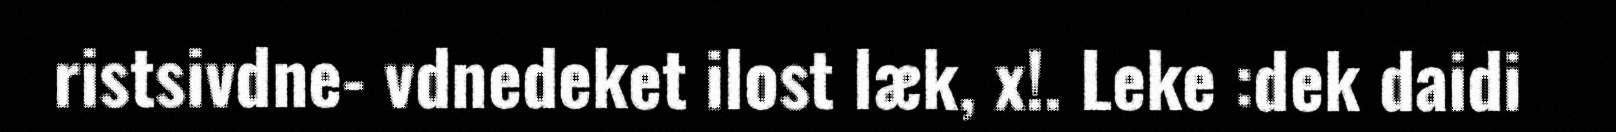
ristsivdne- vdnedeket ilost læk, x!. Leke :dek daidi